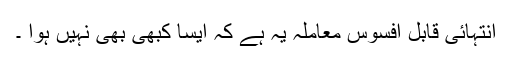
انتہائی قابل افسوس معاملہ یہ ہے کہ ایسا کبھی بھی نہیں ہوا ۔